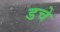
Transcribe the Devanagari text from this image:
डचे